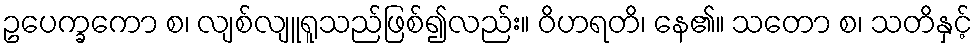
ဥပေက္ခကော စ၊ လျစ်လျူရူသည်ဖြစ်၍လည်း။ ဝိဟရတိ၊ နေ၏။ သတော စ၊ သတိနှင့်